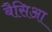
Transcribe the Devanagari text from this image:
बैसिआ